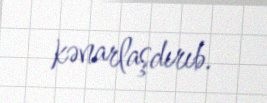
kənarlaşdırıb.